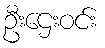
ဦးဌေးဝင်း